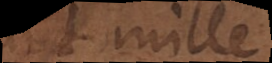
50 mille